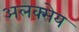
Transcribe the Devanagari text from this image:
अलक्सेय